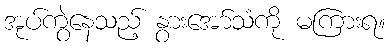
အုပ်ကွဲနေသည့် နွားအော်သံကို မကြားရ။